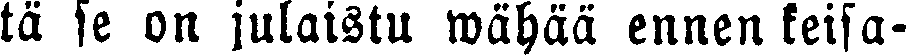
tä se on julaistu wähää ennen keisa-